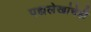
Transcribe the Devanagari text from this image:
पद्यलेखांचेही